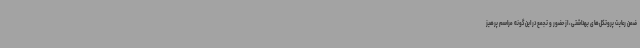
ضمن رعایت پروتکل‌های بهداشتی، از حضور و تجمع در این‌گونه مراسم پرهیز